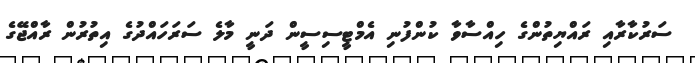
ސަރުކާރާއި ރައްޔިތުންގެ ހިއްސާވާ ކުންފުނި އެމްޓީސިސީން ދަނީ މާލެ ސަރަހައްދުގެ އިތުރުން ރާއްޖޭގެ